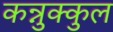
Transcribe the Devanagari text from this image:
कन्नुक्कुल